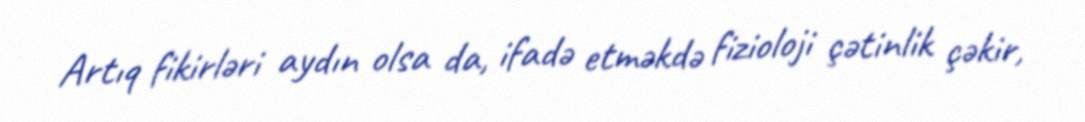
Artıq fikirləri aydın olsa da, ifadə etməkdə fizioloji çətinlik çəkir,